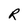
Character: R